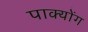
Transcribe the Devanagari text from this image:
पाक्योंग